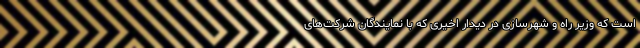
است که وزیر راه و شهرسازی در دیدار اخیری که با نمایندگان شرکت‌های